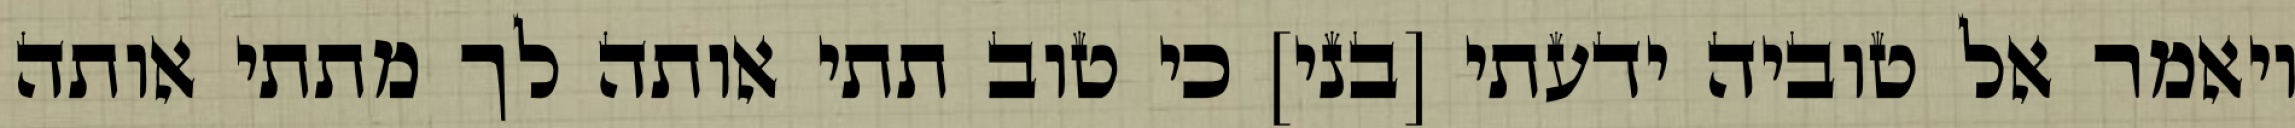
ויאמר אל טוביה ידעתי [בני] כי טוב תתי אותה לך מתתי אותה